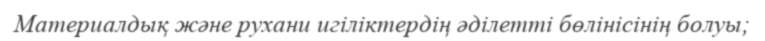
Материалдық және рухани игіліктердің әділетті бөлінісінің болуы;